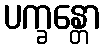
ပက္ခန္တော